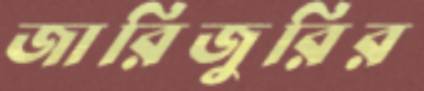
জারিজুরির